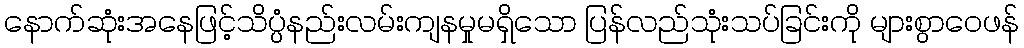
နောက်ဆုံးအနေဖြင့်သိပ္ပံနည်းလမ်းကျနမှုမရှိသော ပြန်လည်သုံးသပ်ခြင်းကို များစွာဝေဖန်